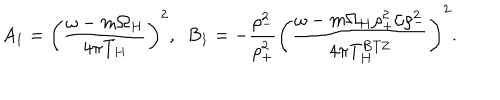
A _ { 1 } = \left( { \frac { \omega - m \Omega _ { H } } { 4 \pi T _ { H } } } \right) ^ { 2 } , ~ ~ B _ { 1 } = - { \frac { \rho _ { - } ^ { 2 } } { \rho _ { + } ^ { 2 } } } \left( { \frac { \omega - m \Omega _ { H } \rho _ { + } ^ { 2 } / \rho _ { - } ^ { 2 } } { 4 \pi T _ { H } ^ { \mathrm { B T Z } } } } \right) ^ { 2 } .